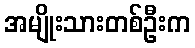
အမျိုးသားတစ်ဦးက